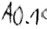
Text: A0.1